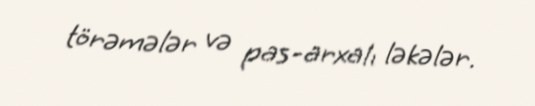
törəmələr və pas-arxalı ləkələr.